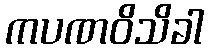
ကပဏဝိသိခါ